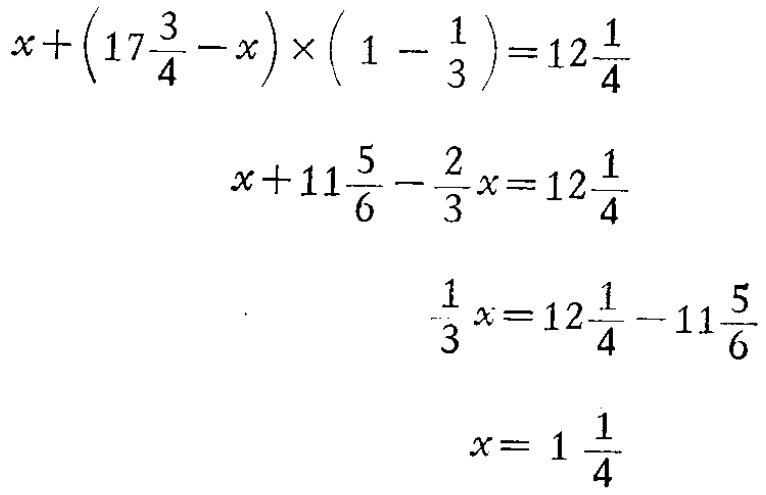
\[

\begin{align*}

x+\left(17\frac{3}{4}-x\right)\times\left(1 - \frac{1}{3}\right)&=12\frac{1}{4}\\

x + 11\frac{5}{6}-\frac{2}{3}x&=12\frac{1}{4}\\

\frac{1}{3}x&=12\frac{1}{4}-11\frac{5}{6}\\

x&=1\frac{1}{4}

\end{align*}

\]